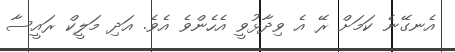
އެނގޭނެ ކަމަށް ރޭ އެ ވިދާޅުވީ އެހެންވެ އެވެ. އަދި މަލީކް ރައީސާ